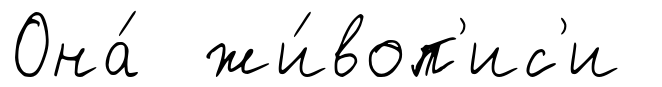
Она́ жи́воп'ис'и